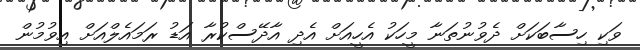
ވަކި ހިސާބަކަށް ދެވުނުތަނާ މީހަކު އެހީއަށް އެދި އާދޭސްކުރާ އަޑު ރަމައެލްއަށް އިވުމުން